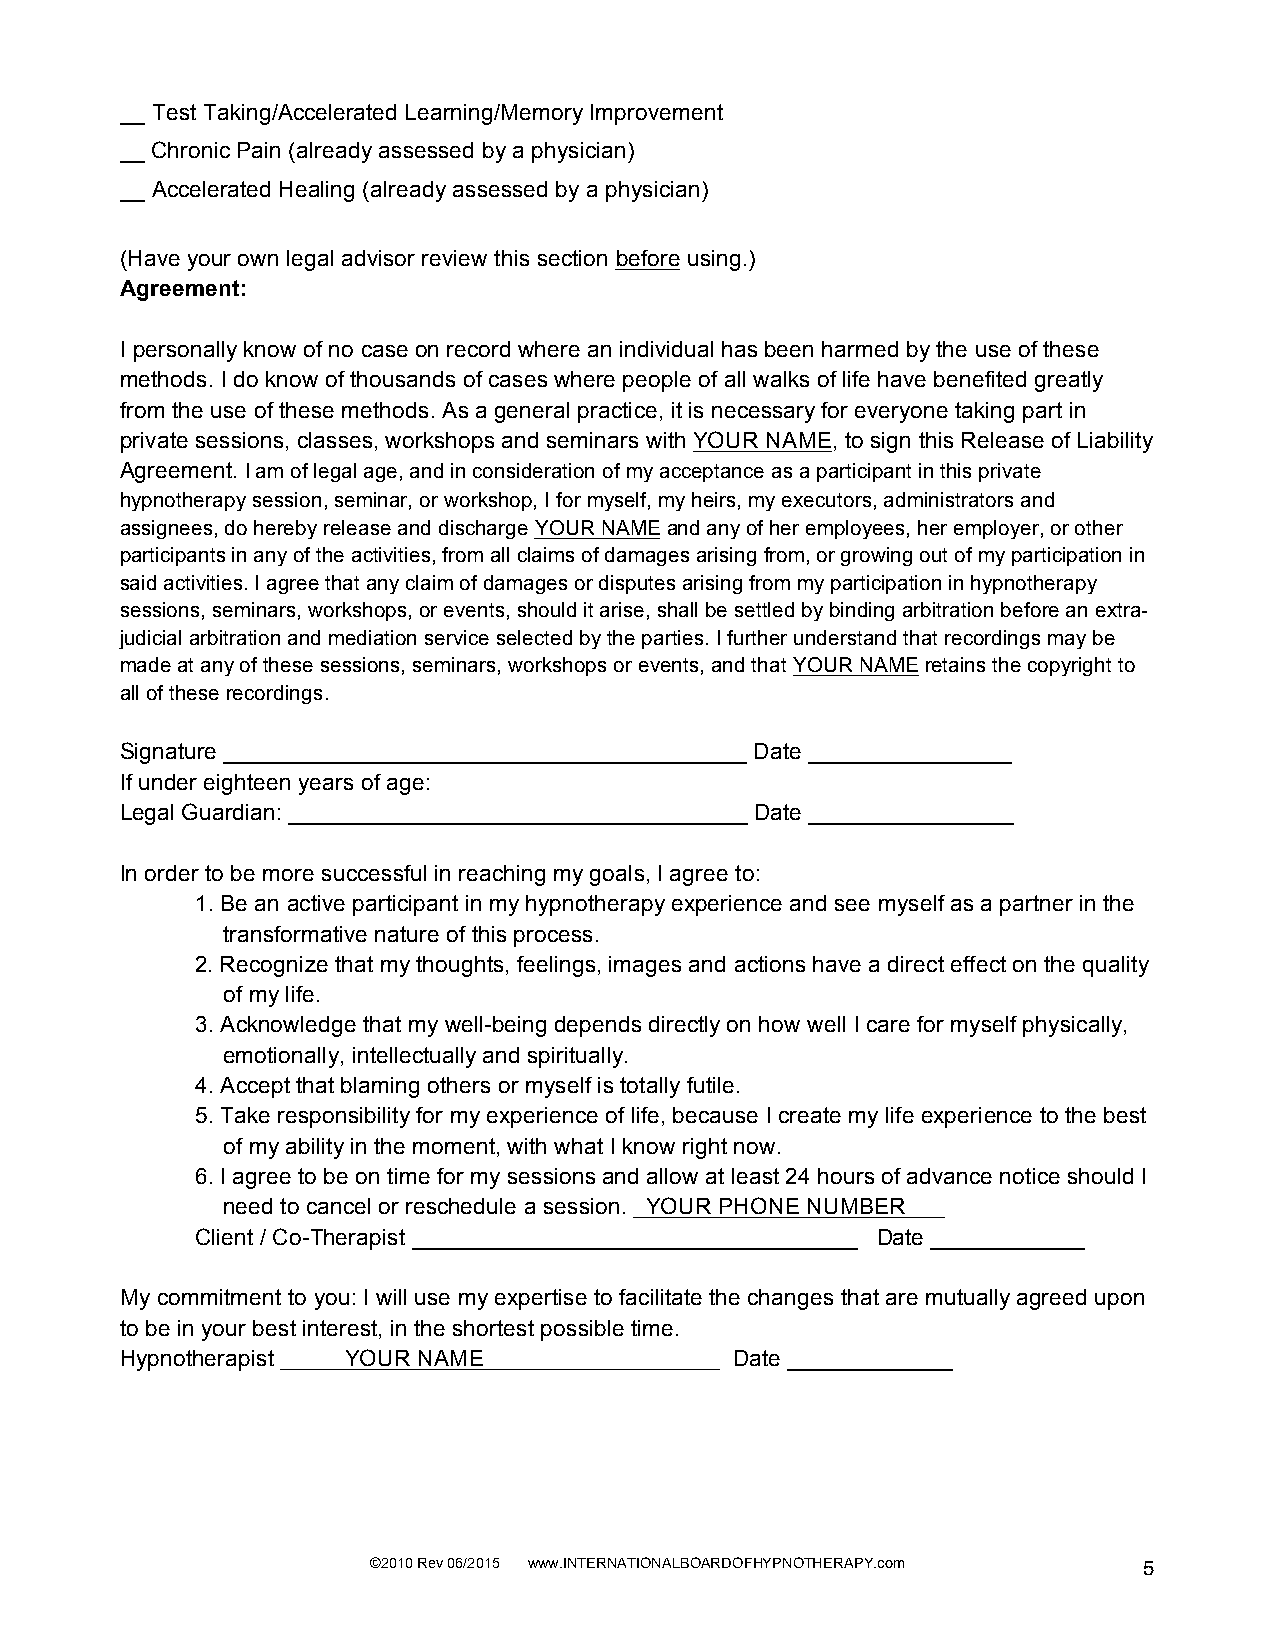
__ Test Taking/Accelerated Learning/Memory Improvement
 __ Chronic Pain (already assessed by a physician)
 __ Accelerated Healing (already assessed by a physician)
 (Have your own legal advisor review this section before using.)
 Agreement:
 I personally know of no case on record where an individual has been harmed by the use of these
 methods. I do know of thousands of cases where people of all walks of life have benefited greatly
 from the use of these methods. As a general practice, it is necessary for everyone taking part in
 private sessions, classes, workshops and seminars with YOUR NAME, to sign this Release of Liability
 Agreement. I am of legal age, and in consideration of my acceptance as a participant in this private
 hypnotherapy session, seminar, or workshop, I for myself, my heirs, my executors, administrators and
 assignees, do hereby release and discharge YOUR NAME and any of her employees, her employer, or other
 participants in any of the activities, from all claims of damages arising from, or growing out of my participation in
 said activities. I agree that any claim of damages or disputes arising from my participation in hypnotherapy
 sessions, seminars, workshops, or events, should it arise, shall be settled by binding arbitration before an extra-
 judicial arbitration and mediation service selected by the parties. I further understand that recordings may be
 made at any of these sessions, seminars, workshops or events, and that YOUR NAME retains the copyright to
 all of these recordings.
 Signature _________________________________________ Date ________________
 If under eighteen years of age:
 Legal Guardian: ____________________________________ Date ________________
 In order to be more successful in reaching my goals, I agree to:
 1. Be an active participant in my hypnotherapy experience and see myself as a partner in the
 transformative nature of this process.
 2. Recognize that my thoughts, feelings, images and actions have a direct effect on the quality
 of my life.
 3. Acknowledge that my well-being depends directly on how well I care for myself physically,
 emotionally, intellectually and spiritually.
 4. Accept that blaming others or myself is totally futile.
 5. Take responsibility for my experience of life, because I create my life experience to the best
 of my ability in the moment, with what I know right now.
 6. I agree to be on time for my sessions and allow at least 24 hours of advance notice should I
 need to cancel or reschedule a session. YOUR PHONE NUMBER
 Client / Co-Therapist ___________________________________ Date ____________
 My commitment to you: I will use my expertise to facilitate the changes that are mutually agreed upon
 to be in your best interest, in the shortest possible time.
 Hypnotherapist YOUR NAME                 Date _____________
 ©2010 Rev 06/2015 www.INTERNATIONALBOARDOFHYPNOTHERAPY.com 5